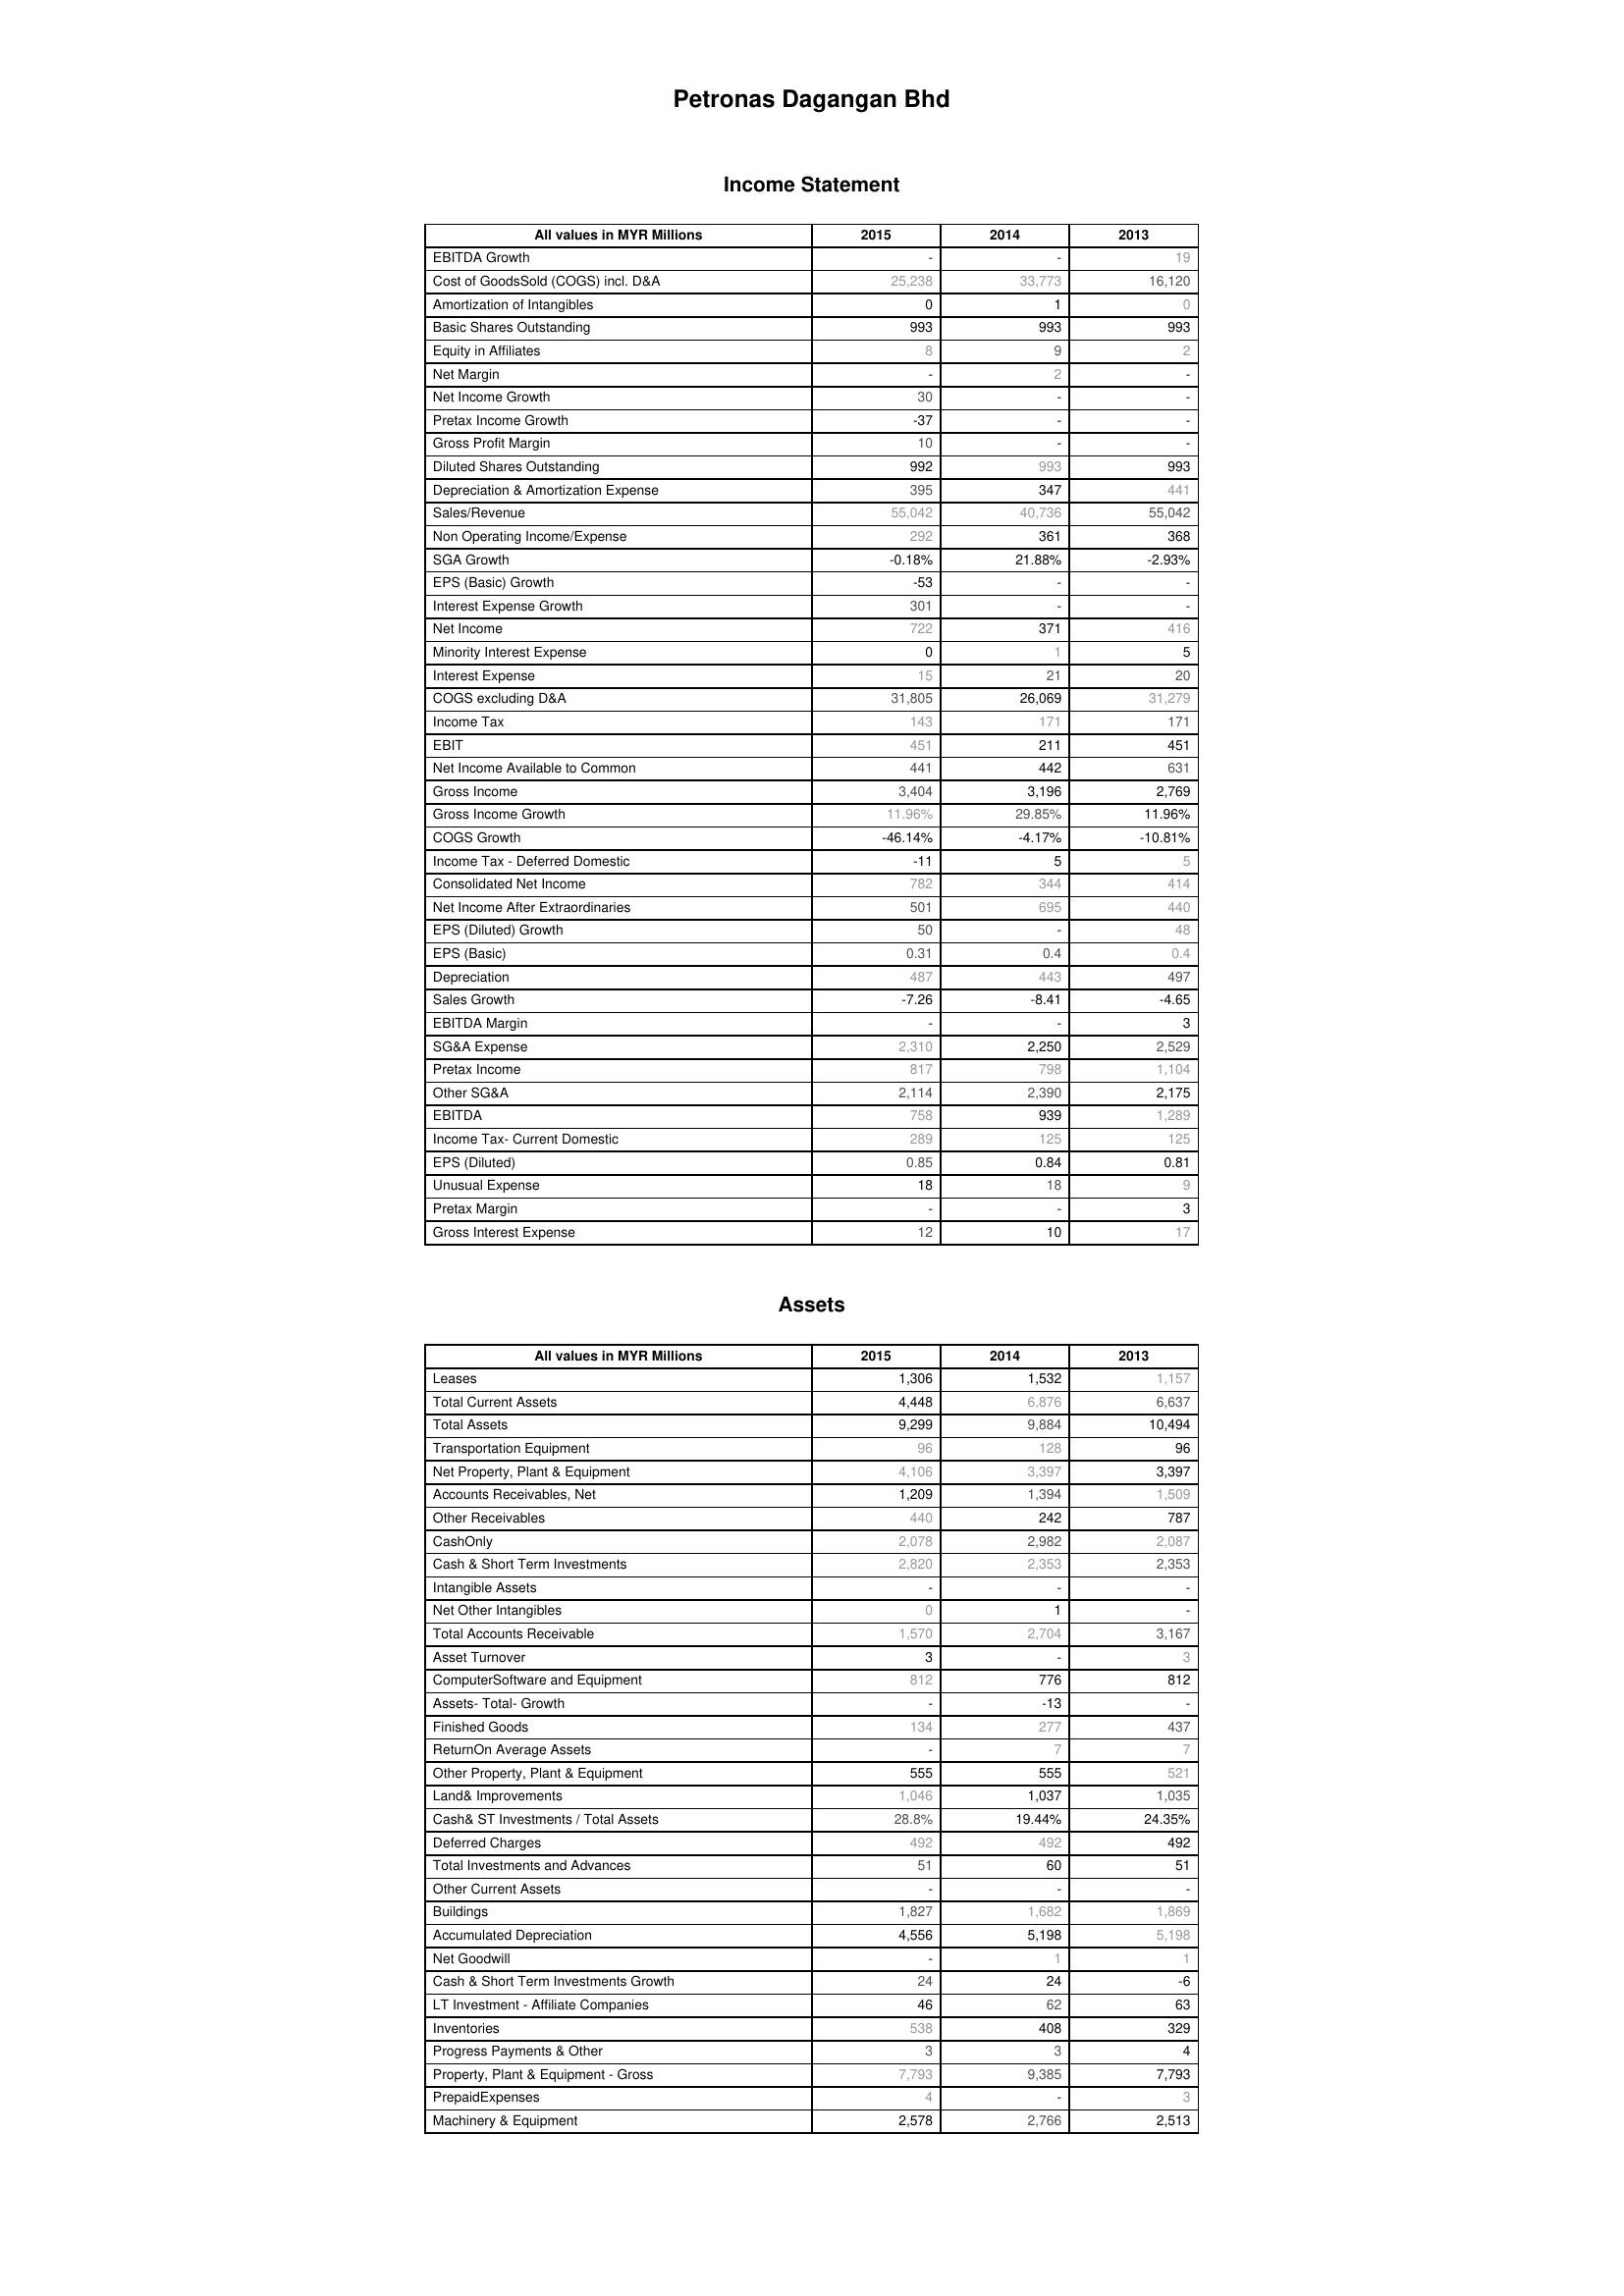
2015: Income Statement: EBITDA Growth: -
Cost of GoodsSold (COGS) incl. D&A: 25,238
Amortization of Intangibles: 0
Basic Shares Outstanding: 993
Equity in Affiliates: 8
Net Margin: -
Net Income Growth: 30
Pretax Income Growth: -37
Gross Profit Margin: 10
Diluted Shares Outstanding: 992
Depreciation & Amortization Expense: 395
Sales/Revenue: 55,042
Non Operating Income/Expense: 292
SGA Growth: -0.18%
EPS (Basic) Growth: -53
Interest Expense Growth: 301
Net Income: 722
Minority Interest Expense: 0
Interest Expense: 15
COGS excluding D&A: 31,805
Income Tax: 143
EBIT: 451
Net Income Available to Common: 441
Gross Income: 3,404
Gross Income Growth: 11.96%
COGS Growth: -46.14%
Income Tax - Deferred Domestic: -11
Consolidated Net Income: 782
Net Income After Extraordinaries: 501
EPS (Diluted) Growth: 50
EPS (Basic): 0.31
Depreciation: 487
Sales Growth: -7.26
EBITDA Margin: -
SG&A Expense: 2,310
Pretax Income: 817
Other SG&A: 2,114
EBITDA: 758
Income Tax- Current Domestic: 289
EPS (Diluted): 0.85
Unusual Expense: 18
Pretax Margin: -
Gross Interest Expense: 12
Assets: Leases: 1,306
Total Current Assets: 4,448
Total Assets: 9,299
Transportation Equipment: 96
Net Property, Plant & Equipment: 4,106
Accounts Receivables, Net: 1,209
Other Receivables: 440
CashOnly: 2,078
Cash & Short Term Investments: 2,820
Intangible Assets: -
Net Other Intangibles: 0
Total Accounts Receivable: 1,570
Asset Turnover: 3
ComputerSoftware and Equipment: 812
Assets- Total- Growth: -
Finished Goods: 134
ReturnOn Average Assets: -
Other Property, Plant & Equipment: 555
Land& Improvements: 1,046
Cash& ST Investments / Total Assets: 28.8%
Deferred Charges: 492
Total Investments and Advances: 51
Other Current Assets: -
Buildings: 1,827
Accumulated Depreciation: 4,556
Net Goodwill: -
Cash & Short Term Investments Growth: 24
LT Investment - Affiliate Companies: 46
Inventories: 538
Progress Payments & Other: 3
Property, Plant & Equipment - Gross : 7,793
PrepaidExpenses: 4
Machinery & Equipment: 2,578
2014: Income Statement: EBITDA Growth: -
Cost of GoodsSold (COGS) incl. D&A: 33,773
Amortization of Intangibles: 1
Basic Shares Outstanding: 993
Equity in Affiliates: 9
Net Margin: 2
Net Income Growth: -
Pretax Income Growth: -
Gross Profit Margin: -
Diluted Shares Outstanding: 993
Depreciation & Amortization Expense: 347
Sales/Revenue: 40,736
Non Operating Income/Expense: 361
SGA Growth: 21.88%
EPS (Basic) Growth: -
Interest Expense Growth: -
Net Income: 371
Minority Interest Expense: 1
Interest Expense: 21
COGS excluding D&A: 26,069
Income Tax: 171
EBIT: 211
Net Income Available to Common: 442
Gross Income: 3,196
Gross Income Growth: 29.85%
COGS Growth: -4.17%
Income Tax - Deferred Domestic: 5
Consolidated Net Income: 344
Net Income After Extraordinaries: 695
EPS (Diluted) Growth: -
EPS (Basic): 0.4
Depreciation: 443
Sales Growth: -8.41
EBITDA Margin: -
SG&A Expense: 2,250
Pretax Income: 798
Other SG&A: 2,390
EBITDA: 939
Income Tax- Current Domestic: 125
EPS (Diluted): 0.84
Unusual Expense: 18
Pretax Margin: -
Gross Interest Expense: 10
Assets: Leases: 1,532
Total Current Assets: 6,876
Total Assets: 9,884
Transportation Equipment: 128
Net Property, Plant & Equipment: 3,397
Accounts Receivables, Net: 1,394
Other Receivables: 242
CashOnly: 2,982
Cash & Short Term Investments: 2,353
Intangible Assets: -
Net Other Intangibles: 1
Total Accounts Receivable: 2,704
Asset Turnover: -
ComputerSoftware and Equipment: 776
Assets- Total- Growth: -13
Finished Goods: 277
ReturnOn Average Assets: 7
Other Property, Plant & Equipment: 555
Land& Improvements: 1,037
Cash& ST Investments / Total Assets: 19.44%
Deferred Charges: 492
Total Investments and Advances: 60
Other Current Assets: -
Buildings: 1,682
Accumulated Depreciation: 5,198
Net Goodwill: 1
Cash & Short Term Investments Growth: 24
LT Investment - Affiliate Companies: 62
Inventories: 408
Progress Payments & Other: 3
Property, Plant & Equipment - Gross : 9,385
PrepaidExpenses: -
Machinery & Equipment: 2,766
2013: Income Statement: EBITDA Growth: 19
Cost of GoodsSold (COGS) incl. D&A: 16,120
Amortization of Intangibles: 0
Basic Shares Outstanding: 993
Equity in Affiliates: 2
Net Margin: -
Net Income Growth: -
Pretax Income Growth: -
Gross Profit Margin: -
Diluted Shares Outstanding: 993
Depreciation & Amortization Expense: 441
Sales/Revenue: 55,042
Non Operating Income/Expense: 368
SGA Growth: -2.93%
EPS (Basic) Growth: -
Interest Expense Growth: -
Net Income: 416
Minority Interest Expense: 5
Interest Expense: 20
COGS excluding D&A: 31,279
Income Tax: 171
EBIT: 451
Net Income Available to Common: 631
Gross Income: 2,769
Gross Income Growth: 11.96%
COGS Growth: -10.81%
Income Tax - Deferred Domestic: 5
Consolidated Net Income: 414
Net Income After Extraordinaries: 440
EPS (Diluted) Growth: 48
EPS (Basic): 0.4
Depreciation: 497
Sales Growth: -4.65
EBITDA Margin: 3
SG&A Expense: 2,529
Pretax Income: 1,104
Other SG&A: 2,175
EBITDA: 1,289
Income Tax- Current Domestic: 125
EPS (Diluted): 0.81
Unusual Expense: 9
Pretax Margin: 3
Gross Interest Expense: 17
Assets: Leases: 1,157
Total Current Assets: 6,637
Total Assets: 10,494
Transportation Equipment: 96
Net Property, Plant & Equipment: 3,397
Accounts Receivables, Net: 1,509
Other Receivables: 787
CashOnly: 2,087
Cash & Short Term Investments: 2,353
Intangible Assets: -
Net Other Intangibles: -
Total Accounts Receivable: 3,167
Asset Turnover: 3
ComputerSoftware and Equipment: 812
Assets- Total- Growth: -
Finished Goods: 437
ReturnOn Average Assets: 7
Other Property, Plant & Equipment: 521
Land& Improvements: 1,035
Cash& ST Investments / Total Assets: 24.35%
Deferred Charges: 492
Total Investments and Advances: 51
Other Current Assets: -
Buildings: 1,869
Accumulated Depreciation: 5,198
Net Goodwill: 1
Cash & Short Term Investments Growth: -6
LT Investment - Affiliate Companies: 63
Inventories: 329
Progress Payments & Other: 4
Property, Plant & Equipment - Gross : 7,793
PrepaidExpenses: 3
Machinery & Equipment: 2,513